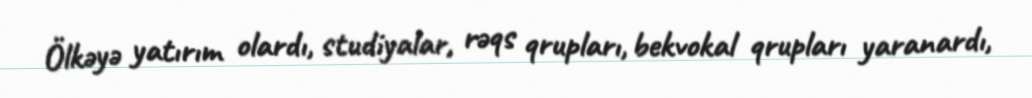
Ölkəyə yatırım olardı, studiyalar, rəqs qrupları, bekvokal qrupları yaranardı,